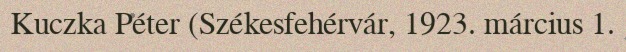
Kuczka Péter (Székesfehérvár, 1923. március 1.